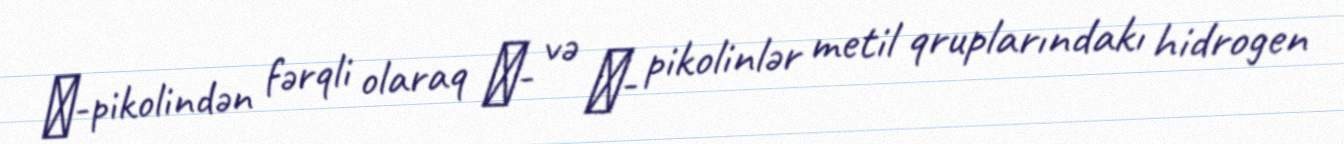
β-pikolindən fərqli olaraq α- və γ- pikolinlər metil qruplarındakı hidrogen